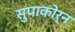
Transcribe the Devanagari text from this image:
सुपाकोर्न